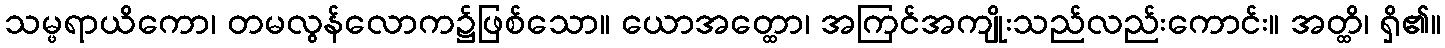
သမ္ဖရာယိကော၊ တမလွန်လောက၌ဖြစ်သော။ ယောအတ္ထော၊ အကြင်အကျိုးသည်လည်းကောင်း။ အတ္ထိ၊ ရှိ၏။